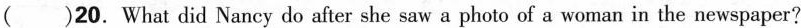
20.What did Nancy do after she saw a photo of a woman in the newspaper?